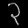
Digit: ၃